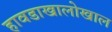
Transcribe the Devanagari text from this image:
हावडाखालोखाल